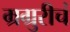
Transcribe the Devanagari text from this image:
म्रग्रुरीचं